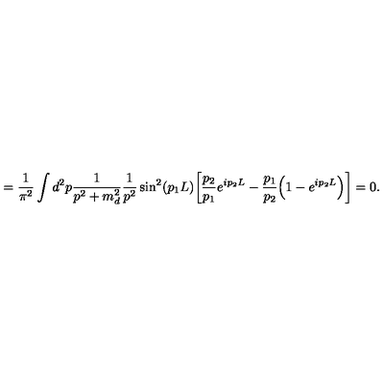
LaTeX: = \frac { 1 } { \pi ^ { 2 } } \int d ^ { 2 } p \frac { 1 } { p ^ { 2 } + m _ { d } ^ { 2 } } \frac { 1 } { p ^ { 2 } } \sin ^ { 2 } ( p _ { 1 } L ) \bigg [ \frac { p _ { 2 } } { p _ { 1 } } e ^ { i p _ { 2 } L } - \frac { p _ { 1 } } { p _ { 2 } } \Big ( 1 - e ^ { i p _ { 2 } L } \Big ) \bigg ] = 0 .